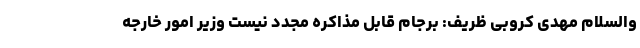
والسلام مهدی کروبی ظریف: برجام قابل مذاکره مجدد نیست وزیر امور خارجه